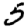
Digit: 5